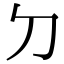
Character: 𠚣